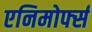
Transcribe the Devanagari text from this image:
एनिमोर्फ्स